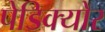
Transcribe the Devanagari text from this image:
पेडिक्‍योर